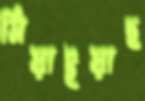
মিয়াইয়াছ